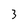
Character: 3